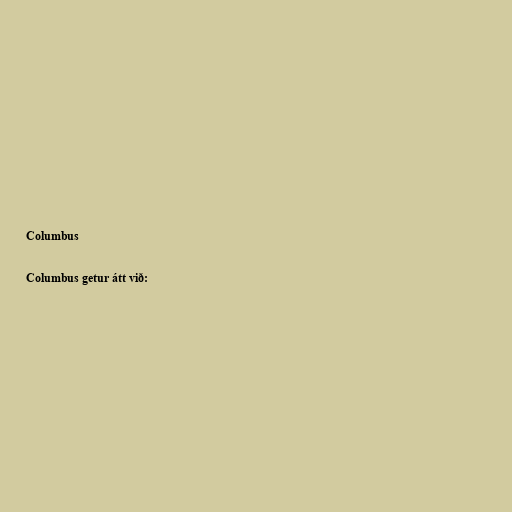
Columbus

Columbus getur átt við: